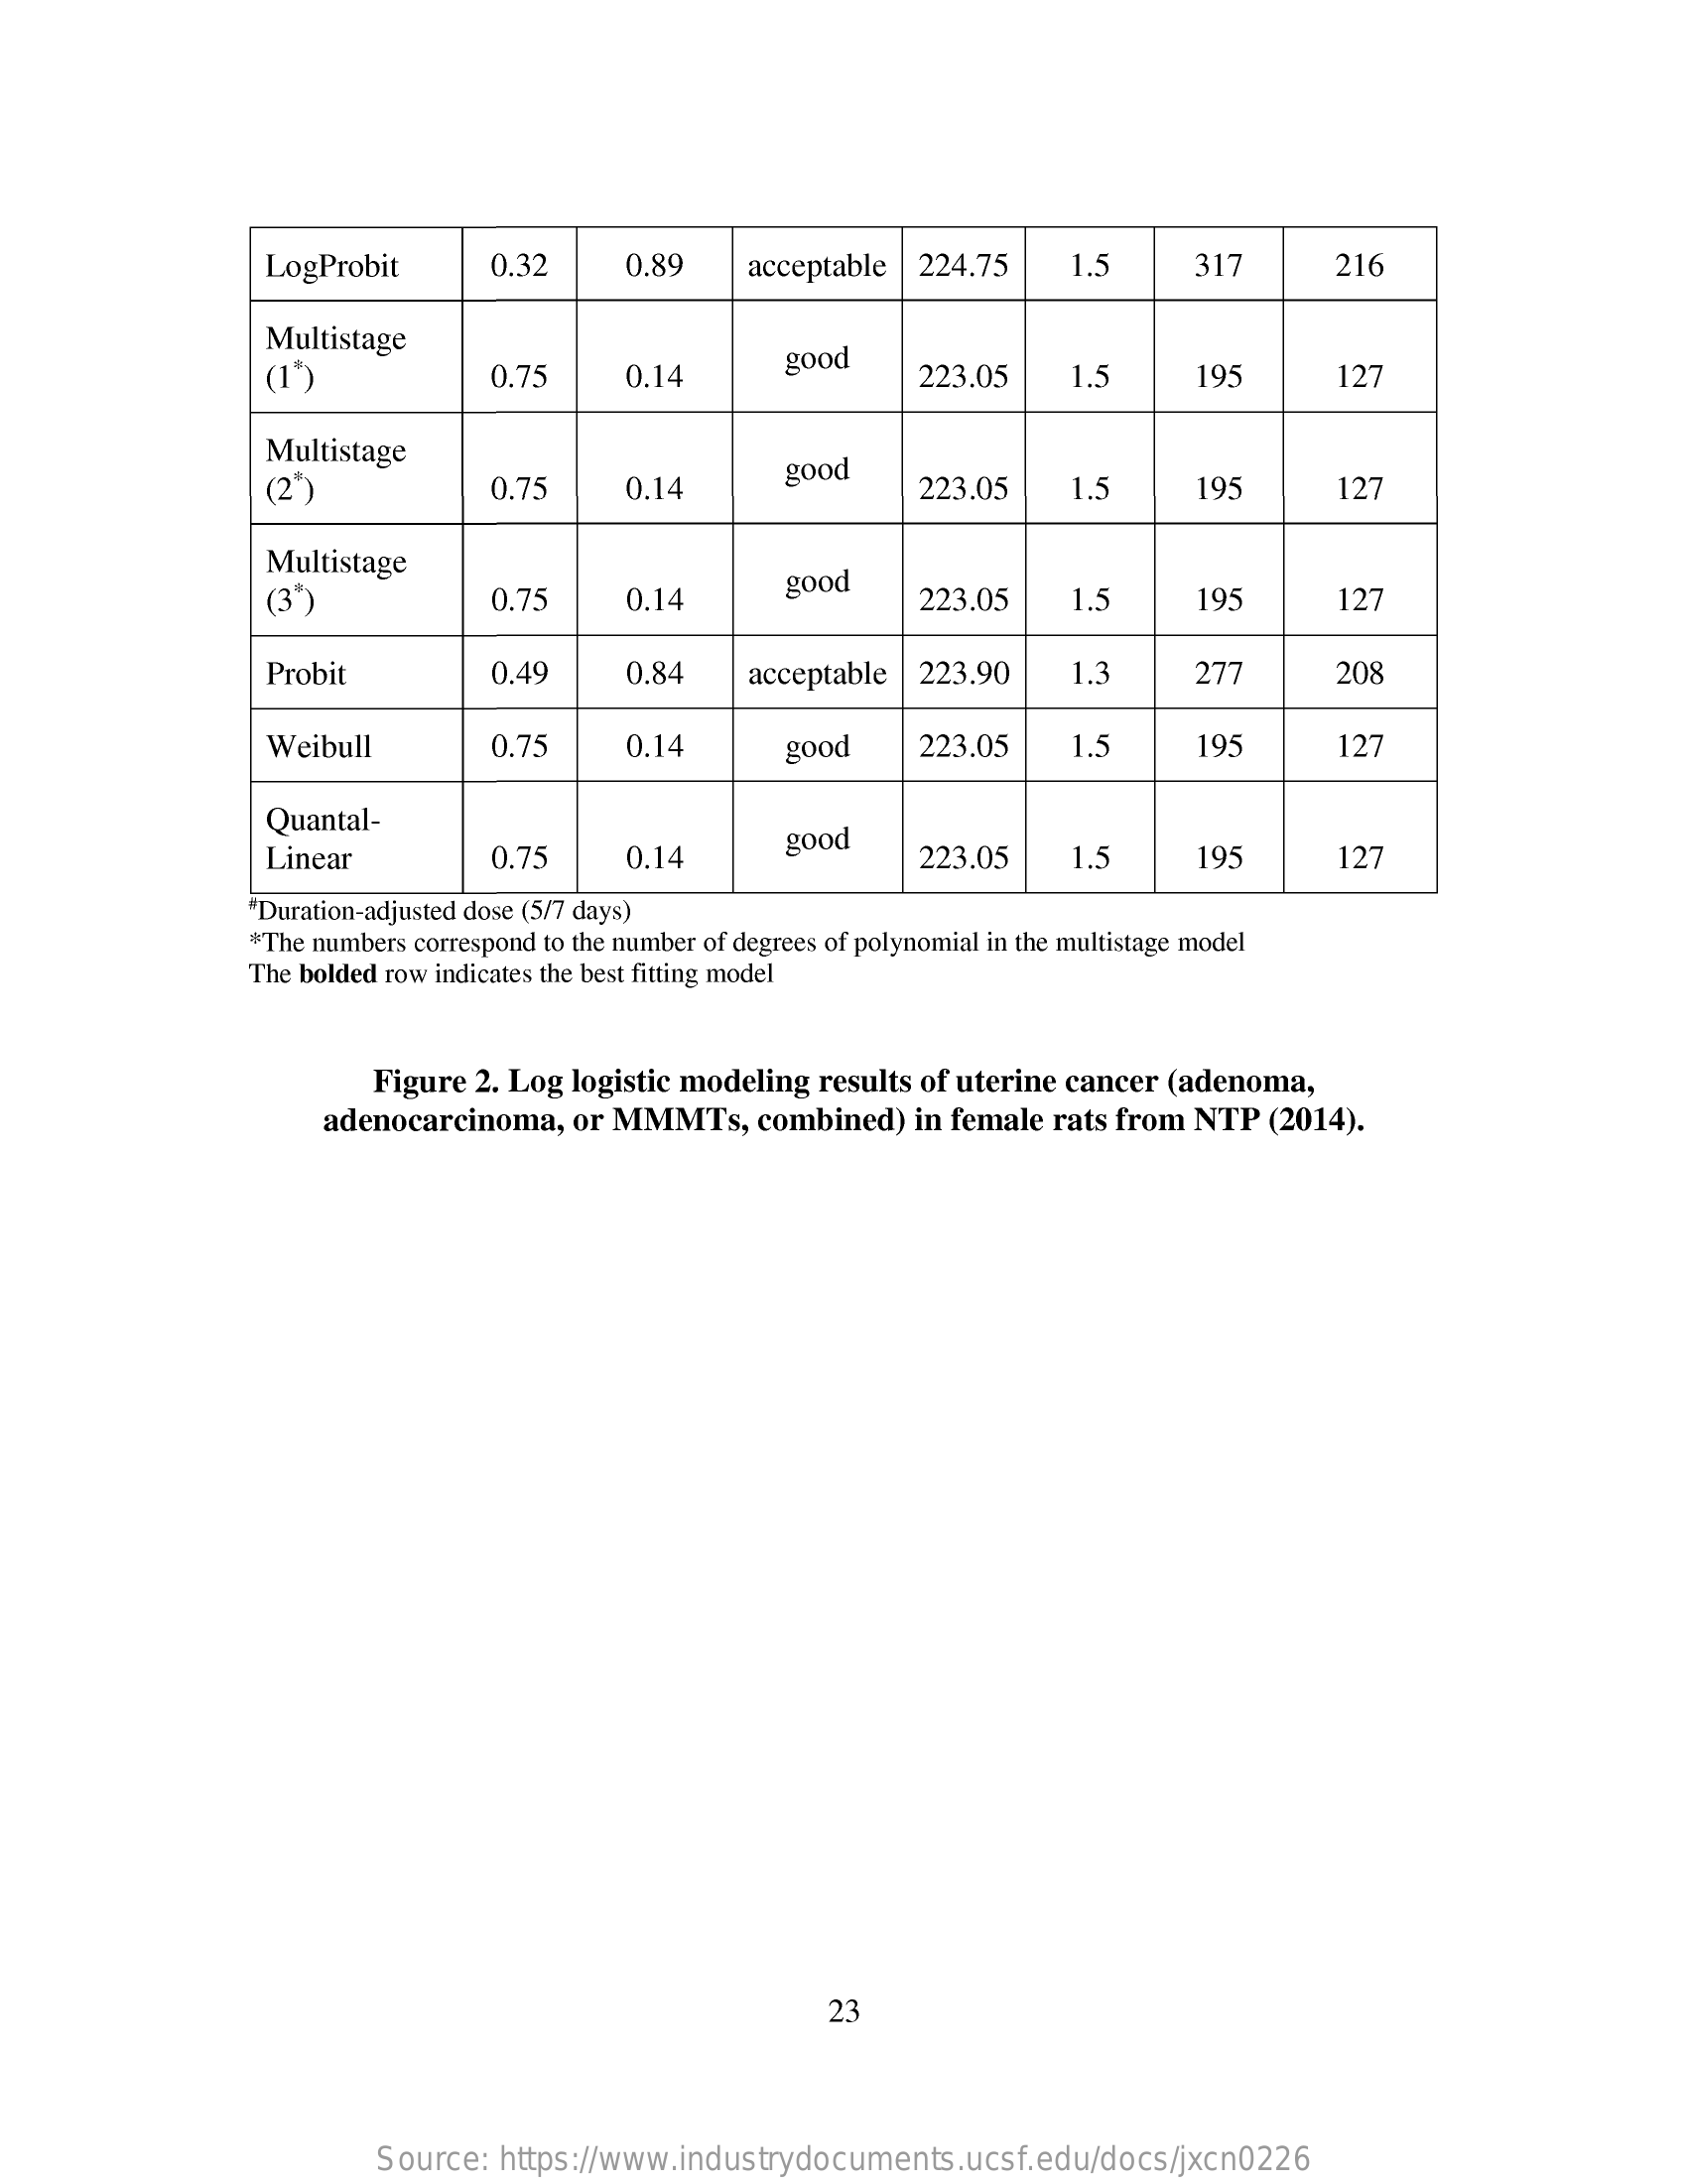
LogProbit    0.32    0.89    acceptable  224.75    1.5    317    216
     Multistage
     (1*    0.75    0.14
     good
     223.05    1.5    195    127
     Multistage
     0.75    0.14
     good
     223.05    1.5    195    127
     Multistage
     (3")    0.75    0.14
     good
     223.05    1.5    195    127
     Probit    0.49    0.84    acceptable  223.90    1.3    277    208
     Weibull    0.75    0.14    good    223.05    1.5    195    127
     Quantal-
     Linear    0.75    0.14
     good
     223.05    1.5    195    127
     "Duration-adjusted dose (5/7 days)
     *The numbers correspond to the number of degrees of polynomial in the multistage model
     The bolded row indicates the best fitting model
     Figure 2. Log logistic modeling results of uterine cancer (adenoma,
     adenocarcinoma,   or MMMTs,    combined)   in female rats from NTP   (2014).
     23
     Source:  https://www.industrydocuments.ucsf.edu/docs/jxcn0226